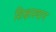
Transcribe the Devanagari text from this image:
शिक्षास्थान